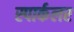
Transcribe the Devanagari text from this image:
स्पार्कलर